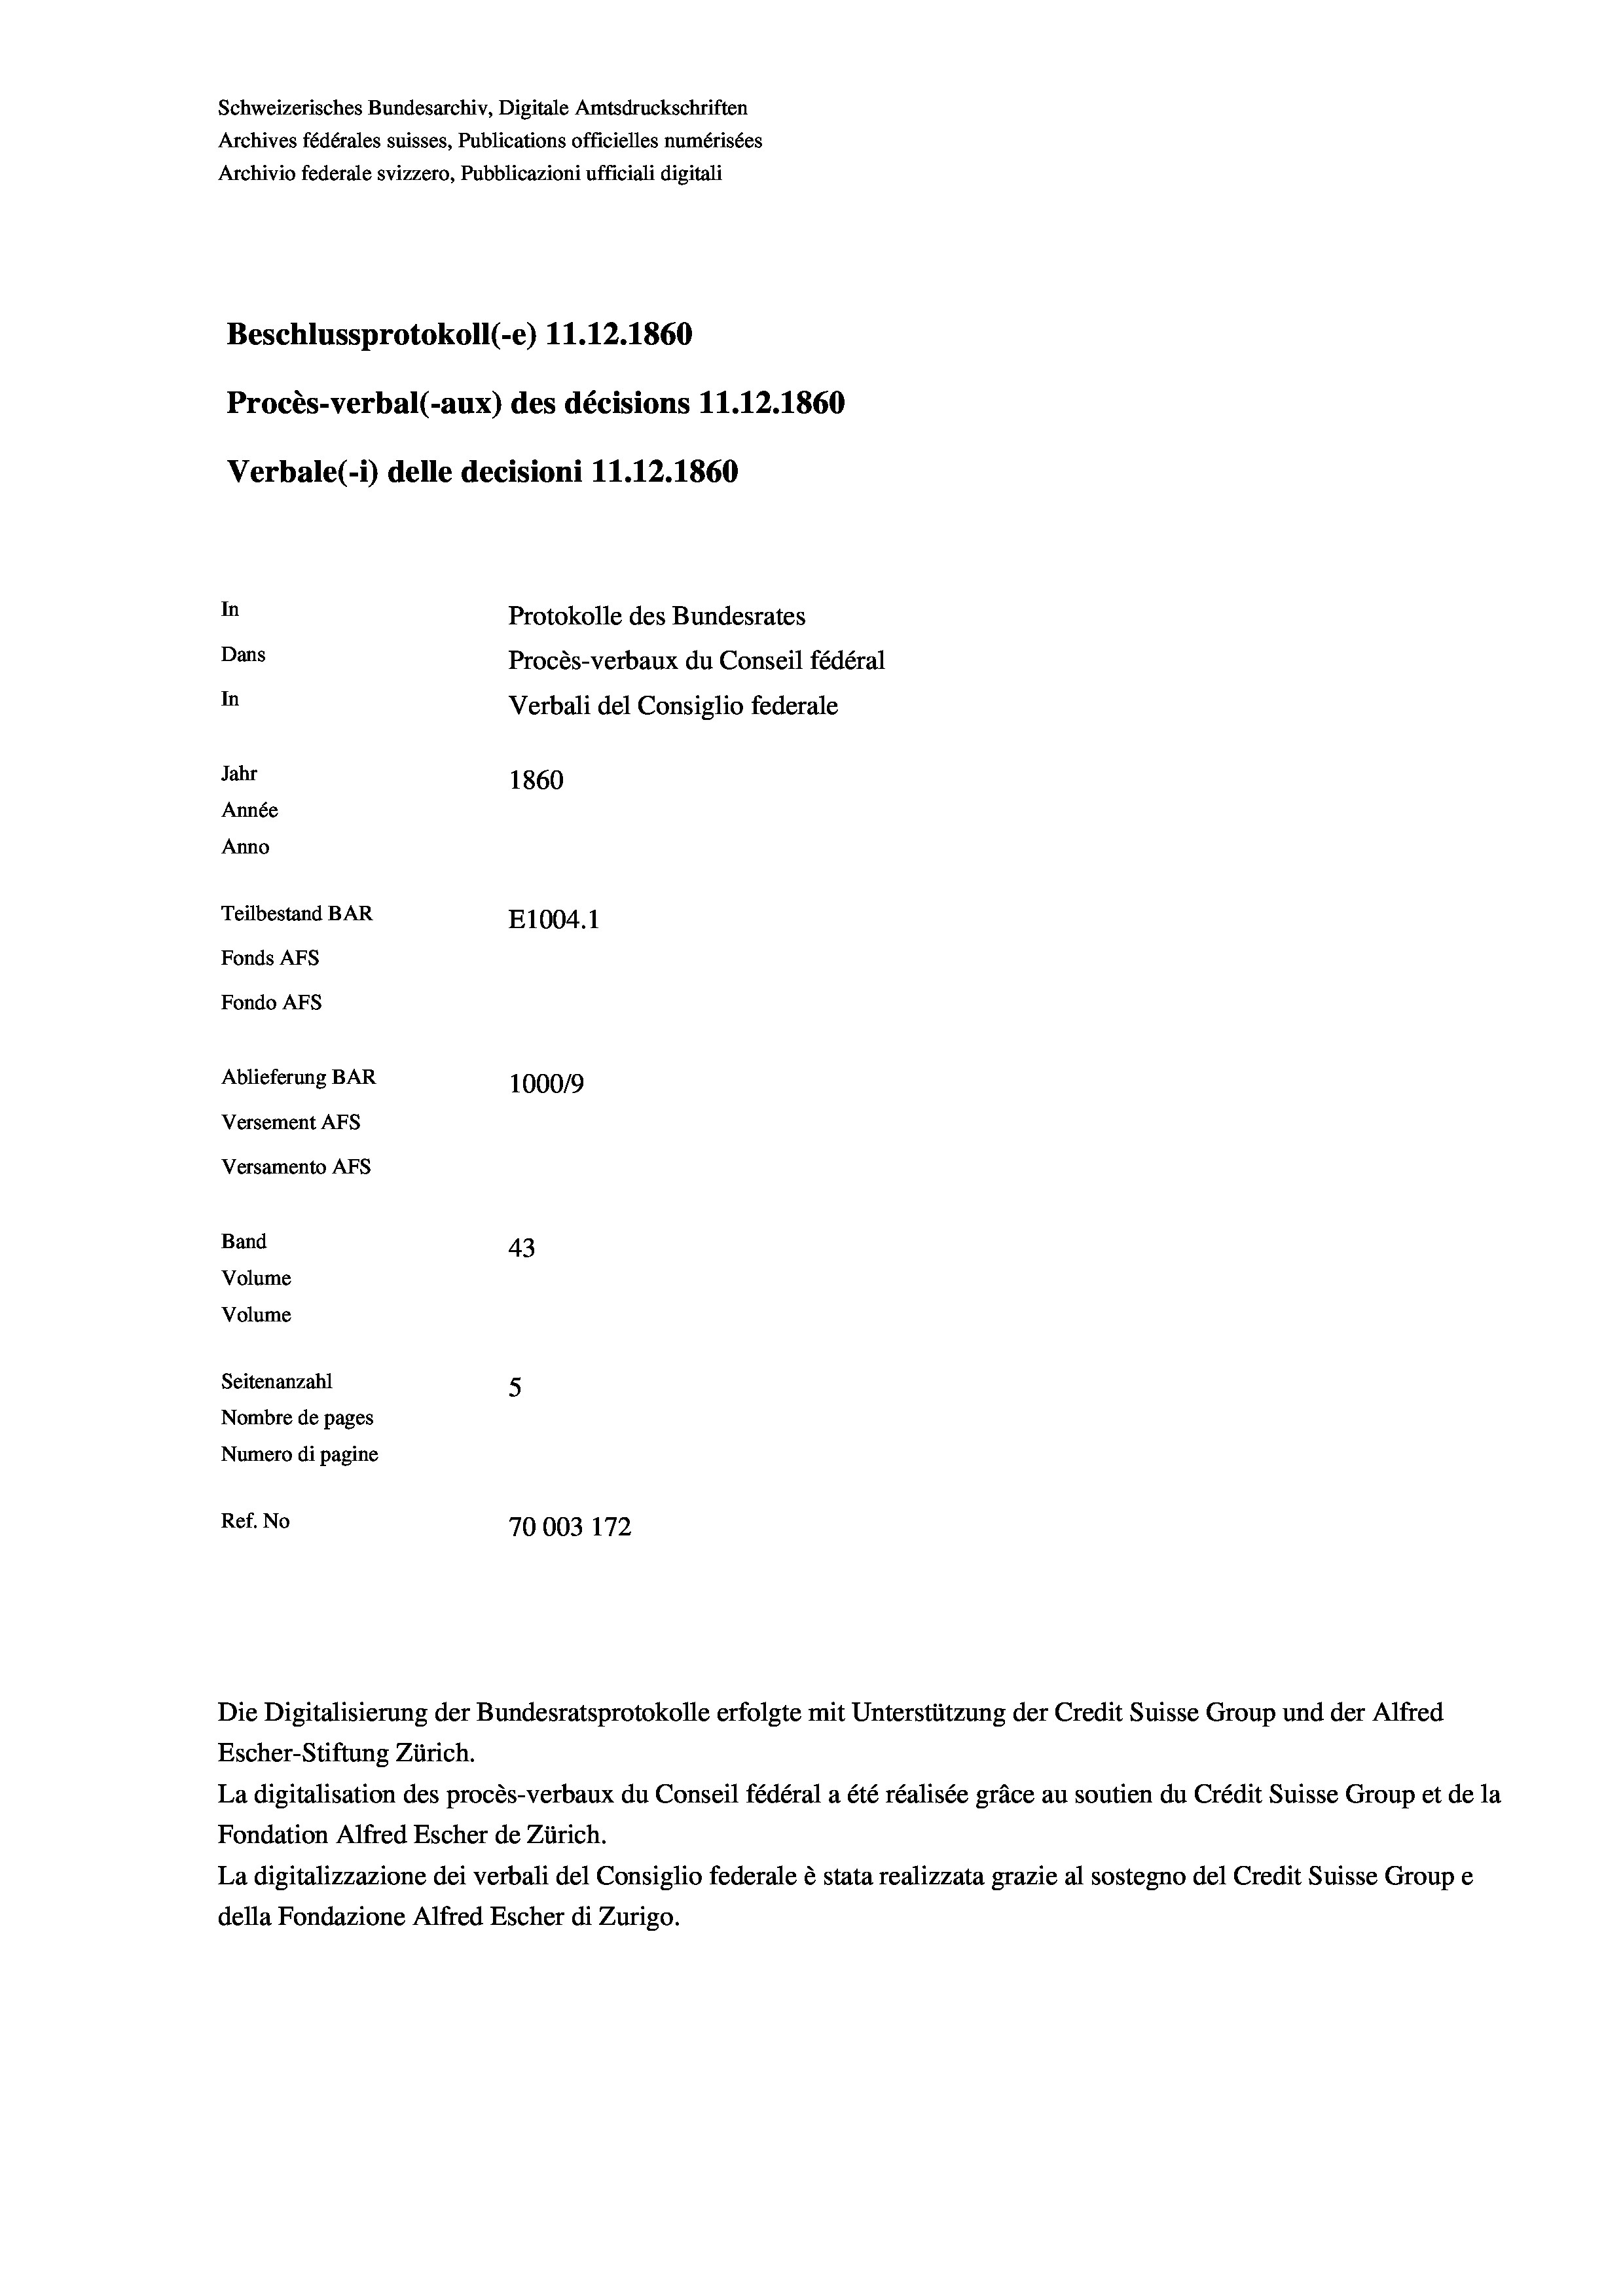
Schweizerisches Bundesarchiv, Digitale Amtsdruckschriften
Archives fédérales suisses, Publications officielles numérisées
Archivio federale svizzero, Pubblicazioni ufficiali digitali
Beschlussprotokoll (-e) 11.12.1860
Procès-verbal (-aux) des décisions 11.12.1860
Verbale (i) delle decisioni 11.12.1860
In
Protokolle des Bundesrates
Dans
Procès-verbaux du Conseil fédéral
In
Verbali del Consiglio federale
Jahr
1860
Année
Anno
Teilbestand BAR
E1004. 1
Fonds AFs
Fondo AFs
Ablieferung BAR
100019

Versement Abs
Versamento Afs
Band
Volume
Volume

43
Seitenanzahl
5
Nombre de pages
Numero di pagine
Ref. No
70003 172

Die Digitalisierung der Bundesratsprotokolle erfolgte mit Unterstützung der Credit Suisse Group und der Alfred
Escher-Stiftung Zürich.
La digitalisation des procès-verbaux du Conseil fédéral a été réalisée gräce au soutien du Crédit Suisse Group et de la
Fondation Alfred Escher de Zürich.
La digitalizzazione dei verbali del Consiglio federale è stata realizzata grazie al sostegno del Credit Suisse Groupe
della Fondazione Alfred Escher di Zurigo.